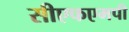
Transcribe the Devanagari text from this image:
सीएफएमपी